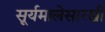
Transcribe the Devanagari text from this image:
सूर्यमालेसारखी